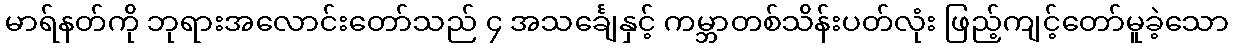
မာရ်နတ်ကို ဘုရားအလောင်းတော်သည် ၄ အသင်္ချေနှင့် ကမ္ဘာတစ်သိန်းပတ်လုံး ဖြည့်ကျင့်တော်မူခဲ့သော